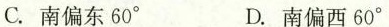
C.南偏东60^{\circ} D.南偏西60^{\circ}